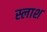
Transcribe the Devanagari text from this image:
स्लाश